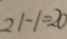
2 1 - 1 = 2 0